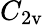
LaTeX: C_{\mathrm{2v}}